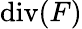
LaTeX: \mathrm{div}(F)